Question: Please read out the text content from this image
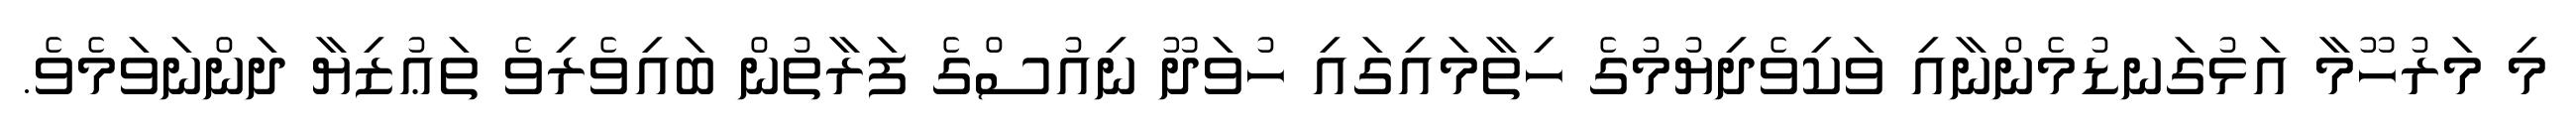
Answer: މި މަރުހޫމާ އަޅުގަނޑުމެންނާއި ވަކިވެދިޔުމުގެ ހިތާމައިގައި ހުވަދޫ ނިއުސްގެ ފަރާތުން ބައިވެރިވެ ތަޢުޒިޔާ ދަންނަވަމެވެ.